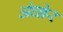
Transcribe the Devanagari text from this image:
अंघोर